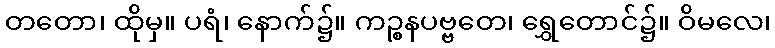
တတော၊ ထိုမှ။ ပရံ၊ နောက်၌။ ကဉ္စနပဗ္ဗတေ၊ ရွှေတောင်၌။ ဝိမလေ၊